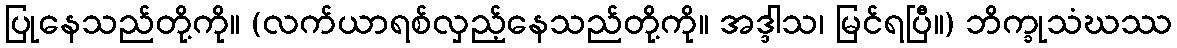
ပြုနေသည်တို့ကို။ (လက်ယာရစ်လှည့်နေသည်တို့ကို။ အဒ္ဒါသ၊ မြင်ရပြီ။) ဘိက္ခုသံဃဿ